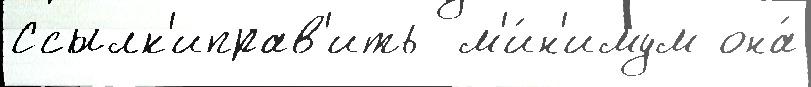
Ссылк'иправ'ить  м'и́н'имум она́